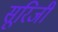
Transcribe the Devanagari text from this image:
सूरिजी